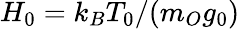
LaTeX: H_{0}=k_{B}T_{0}/(m_{O}g_{0})